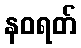
နဝရတ်